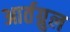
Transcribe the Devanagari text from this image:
आर्तग्रुल